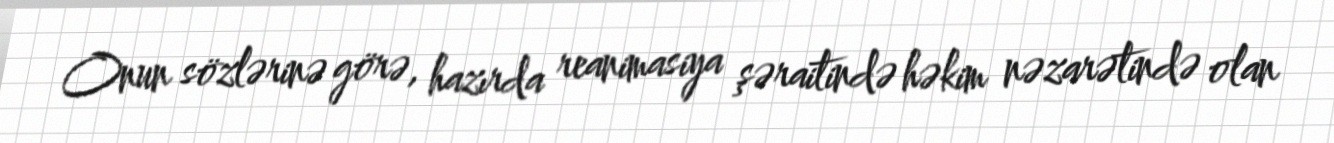
Onun sözlərinə görə, hazırda reanimasiya şəraitində həkim nəzarətində olan